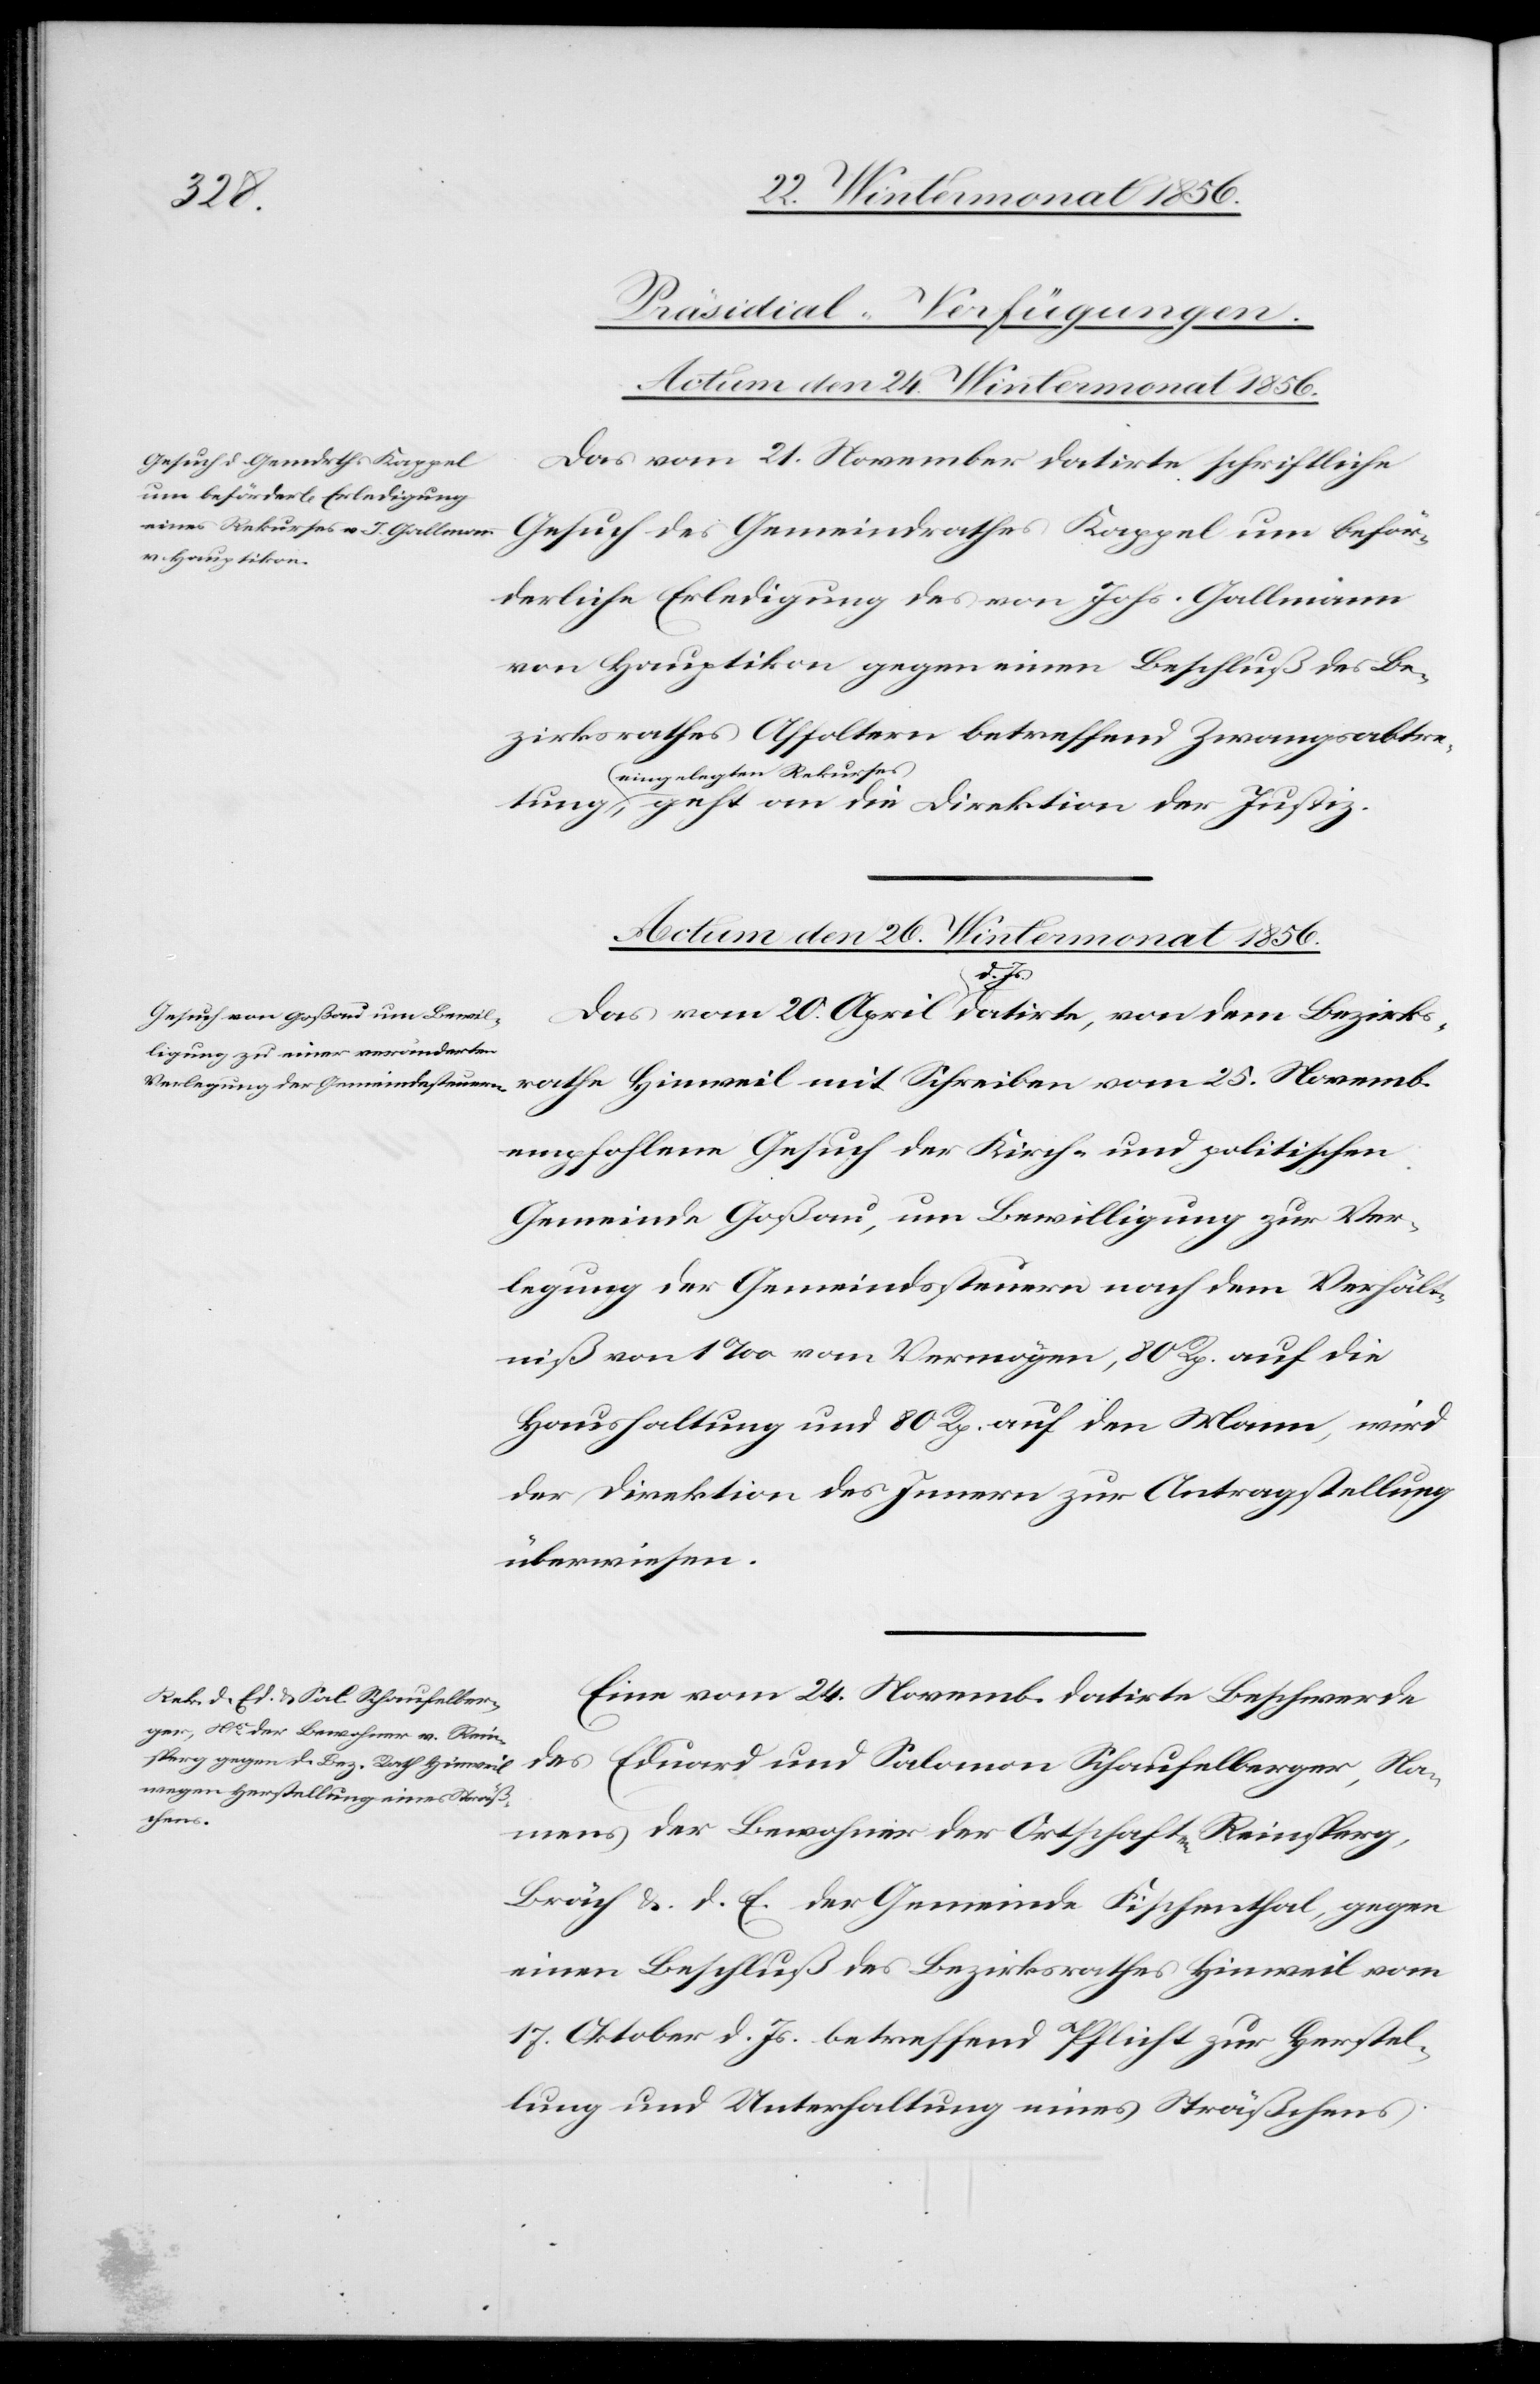
[Präsidial-Verfügungen.
Actum den 24. Wintermonat 1856.
Gesuch des Gemeindrathes Kappel
Das vom 21. November datirte schriftliche
derliche Erledigung des von Johs. Gallmann
von Hauptikon gegen einen Beschluß des Be¬
zirksrathes Affoltern betreffend Zwangsabtre¬
a-eingelegten Rekurses-a,
Actum den 26. Wintermonat 1856.]
25.
empfohlene Gesuch der Kirch- und politischen
Gemeinde Goßau, um Bewilligung zur Ver¬
legung der Gemeindssteuern nach dem Verhält¬
niß von 1‰ vom Vermögen, 80 Rp. auf die
Haushaltung und 80 Rp. auf den Mann, wird
der Direktion des Innern zur Antragstellung
überwiesen.
Eine vom 24. Novemb. datirte Beschwerde
des Eduard und Salomon Schaufelberger, Na¬
mens der Bewohner der Ortschaften Reinsperg,
Bräch &. d. E. der Gemeinde Fischenthal, gegen
einen Beschluß des Bezirksrathes Hinweil vom
17. Oktober d. Js. betreffend Pflicht zur Herstel¬
lung und Unterhaltung eines Sträßchens